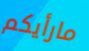
مارأيكم